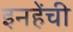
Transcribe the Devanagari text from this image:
इनहेंची